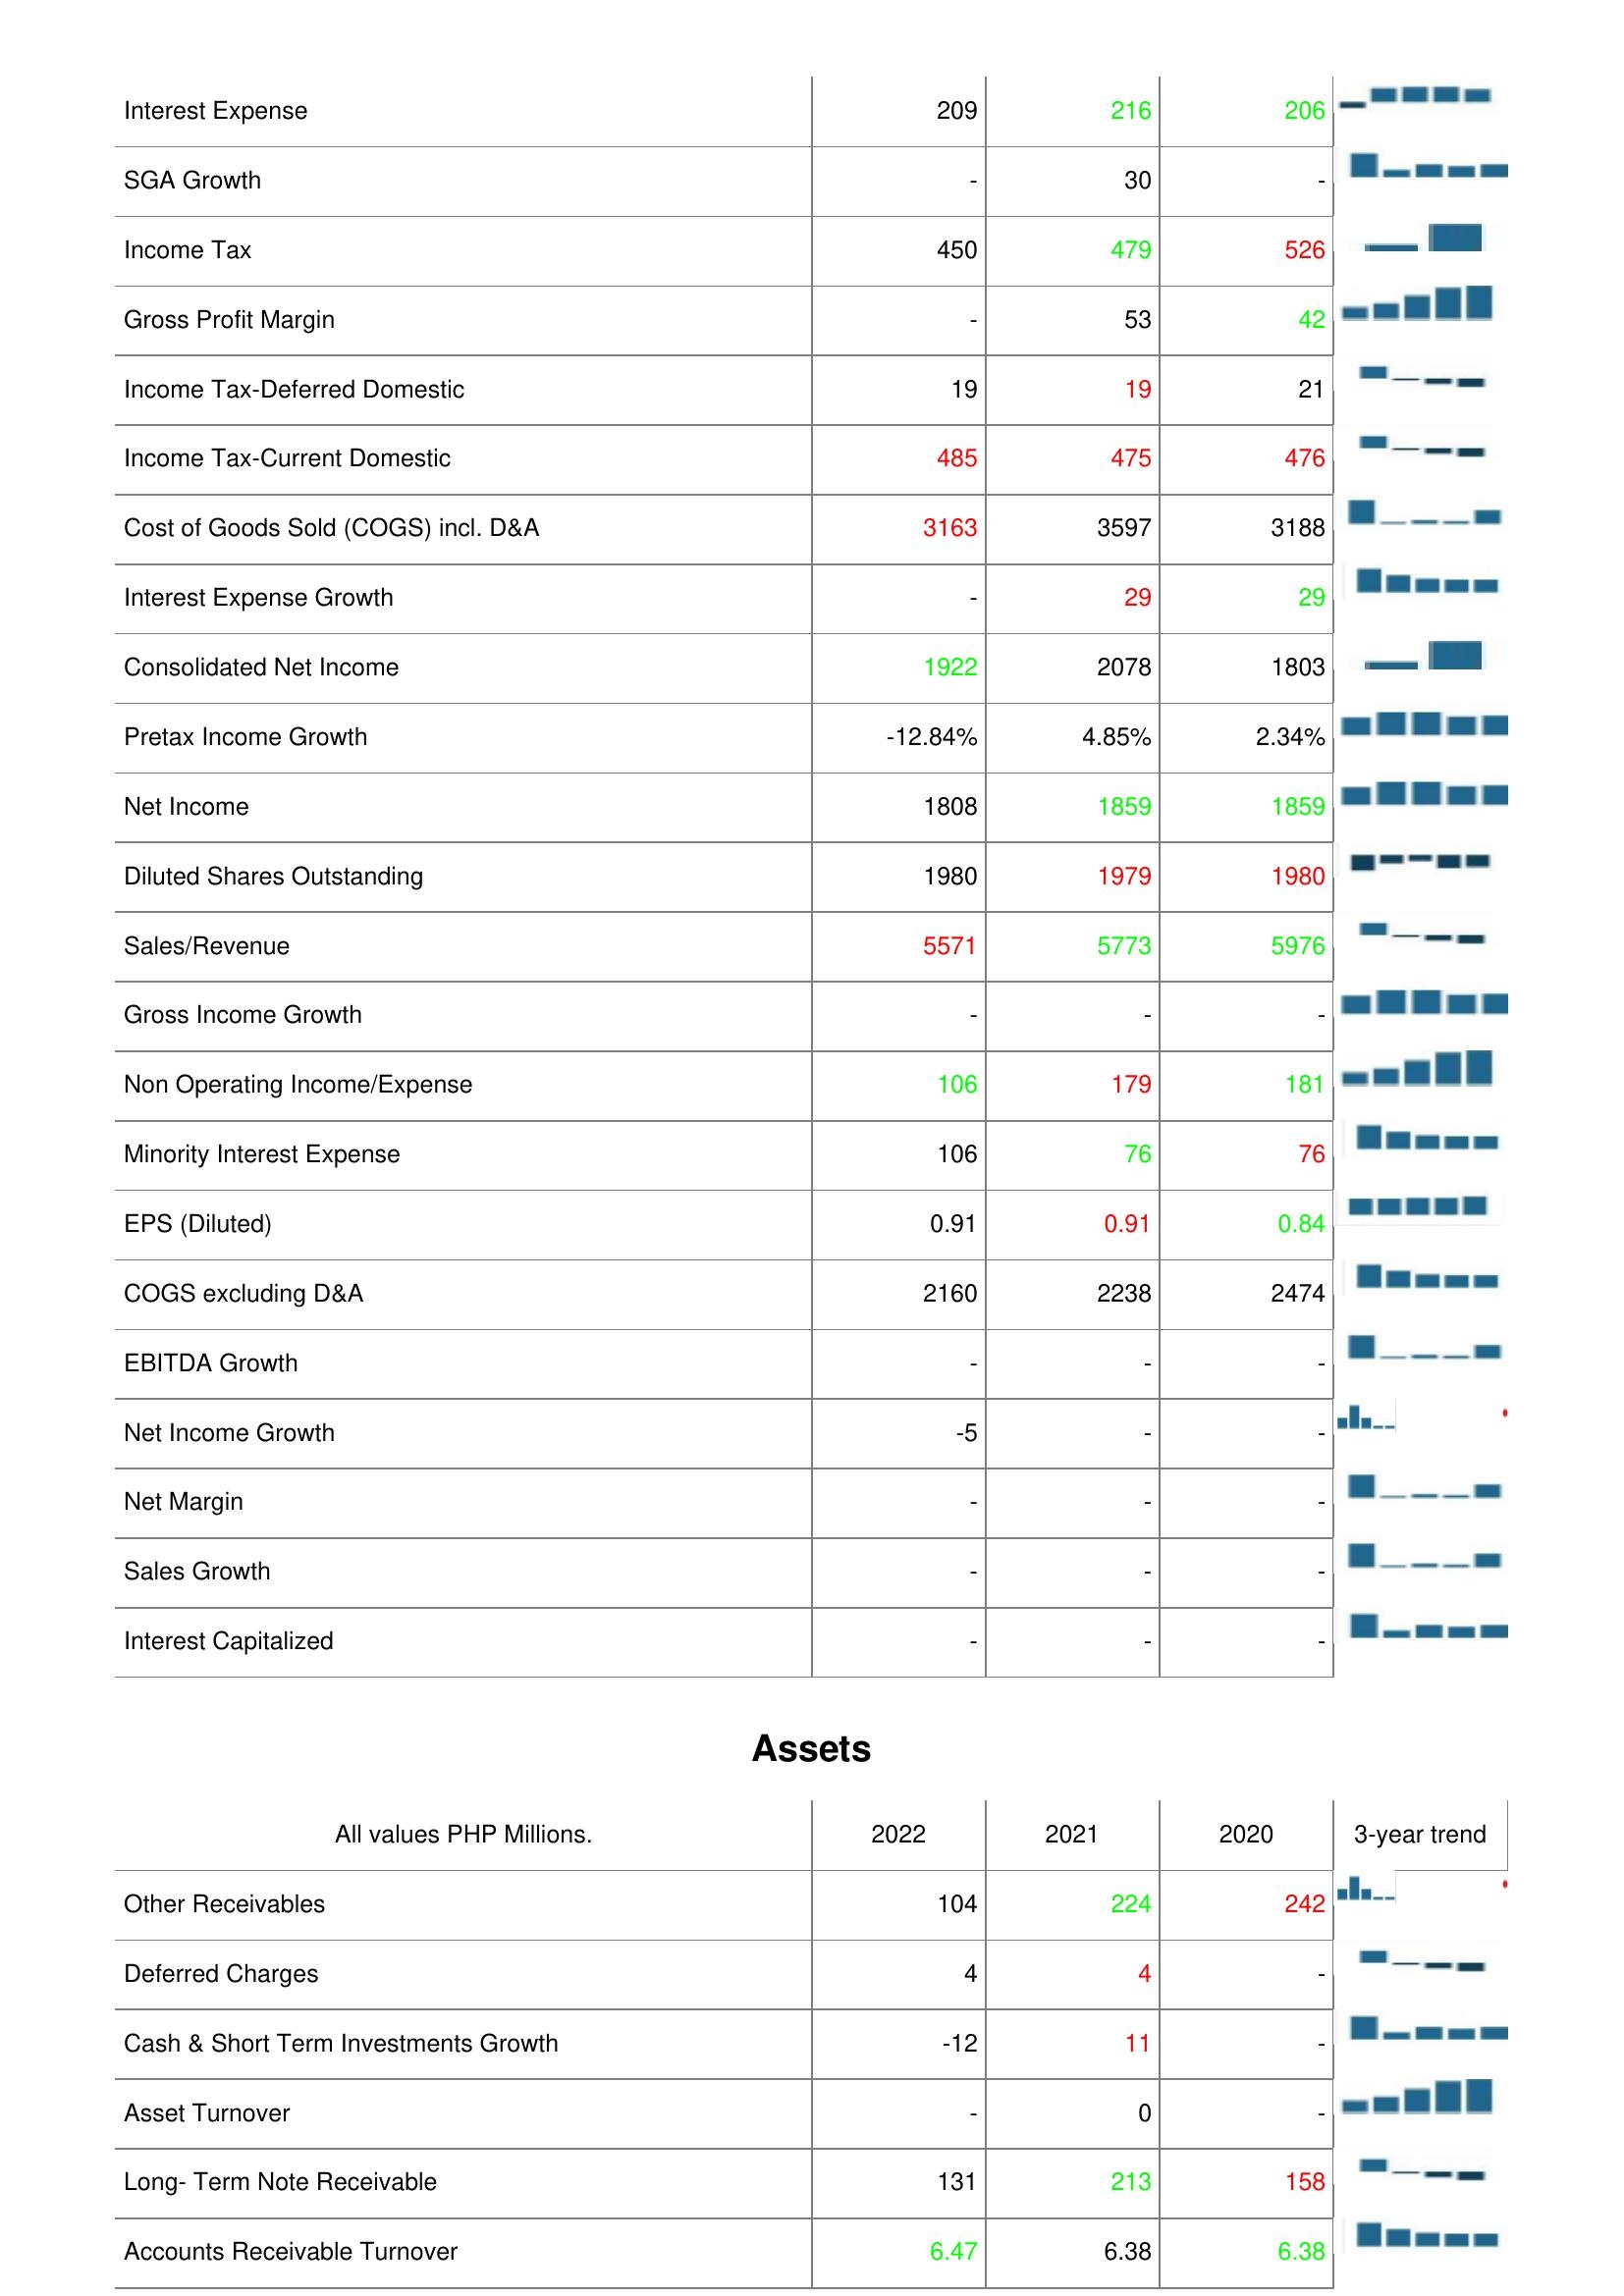
2022: : Interest Expense: 209
SGA Growth: -
Income Tax: 450
Gross Profit Margin: -
Income Tax-Deferred Domestic: 19
Income Tax-Current Domestic: 485
Cost of Goods Sold (COGS) incl. D&A: 3163
Interest Expense Growth: -
Consolidated Net Income: 1922
Pretax Income Growth: -12.84%
Net Income: 1808
Diluted Shares Outstanding: 1980
Sales/Revenue: 5571
Gross Income Growth: -
Non Operating Income/Expense: 106
Minority Interest Expense: 106
EPS (Diluted): 0.91
COGS excluding D&A: 2160
EBITDA Growth: -
Net Income Growth: -5
Net Margin: -
Sales Growth: -
Interest Capitalized: -
Assets: Other Receivables: 104
Deferred Charges: 4
Cash & Short Term Investments Growth: -12
Asset Turnover: -
Long- Term Note Receivable: 131
Accounts Receivable Turnover: 6.47
2021: : Interest Expense: 216
SGA Growth: 30
Income Tax: 479
Gross Profit Margin: 53
Income Tax-Deferred Domestic: 19
Income Tax-Current Domestic: 475
Cost of Goods Sold (COGS) incl. D&A: 3597
Interest Expense Growth: 29
Consolidated Net Income: 2078
Pretax Income Growth: 4.85%
Net Income: 1859
Diluted Shares Outstanding: 1979
Sales/Revenue: 5773
Gross Income Growth: -
Non Operating Income/Expense: 179
Minority Interest Expense: 76
EPS (Diluted): 0.91
COGS excluding D&A: 2238
EBITDA Growth: -
Net Income Growth: -
Net Margin: -
Sales Growth: -
Interest Capitalized: -
Assets: Other Receivables: 224
Deferred Charges: 4
Cash & Short Term Investments Growth: 11
Asset Turnover: 0
Long- Term Note Receivable: 213
Accounts Receivable Turnover: 6.38
2020: : Interest Expense: 206
SGA Growth: -
Income Tax: 526
Gross Profit Margin: 42
Income Tax-Deferred Domestic: 21
Income Tax-Current Domestic: 476
Cost of Goods Sold (COGS) incl. D&A: 3188
Interest Expense Growth: 29
Consolidated Net Income: 1803
Pretax Income Growth: 2.34%
Net Income: 1859
Diluted Shares Outstanding: 1980
Sales/Revenue: 5976
Gross Income Growth: -
Non Operating Income/Expense: 181
Minority Interest Expense: 76
EPS (Diluted): 0.84
COGS excluding D&A: 2474
EBITDA Growth: -
Net Income Growth: -
Net Margin: -
Sales Growth: -
Interest Capitalized: -
Assets: Other Receivables: 242
Deferred Charges: -
Cash & Short Term Investments Growth: -
Asset Turnover: -
Long- Term Note Receivable: 158
Accounts Receivable Turnover: 6.38